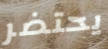
يحتضر